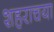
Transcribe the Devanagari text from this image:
शहराचया